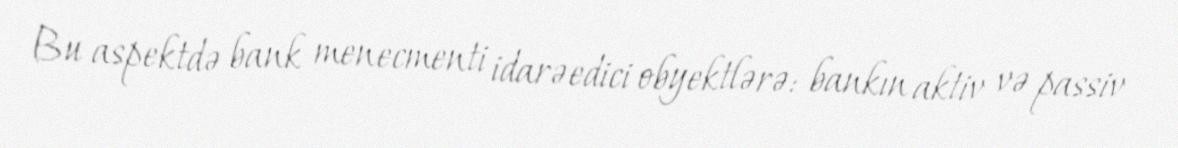
Bu aspektdə bank menecmenti idarəedici obyektlərə: bankın aktiv və passiv